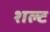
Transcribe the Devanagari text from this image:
शल्ट